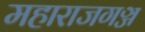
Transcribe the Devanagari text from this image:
महाराजगञ्ज